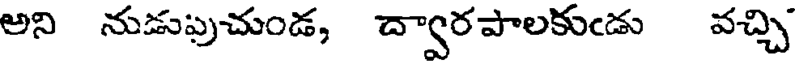
అని నుడుపుచుండ, ద్వారపాలకుఁడు వచ్చి